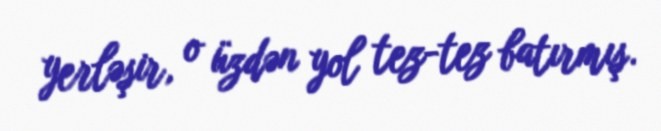
yerləşir, o üzdən yol tez-tez batırmış.